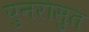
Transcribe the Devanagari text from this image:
पुनरासुत